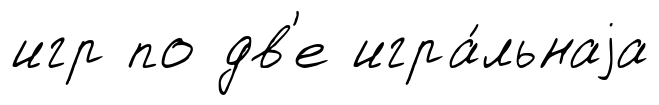
игр по дв'е игра́льнаjа